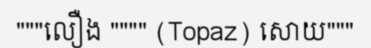
"""លឿង """" (Topaz) សោយ"""